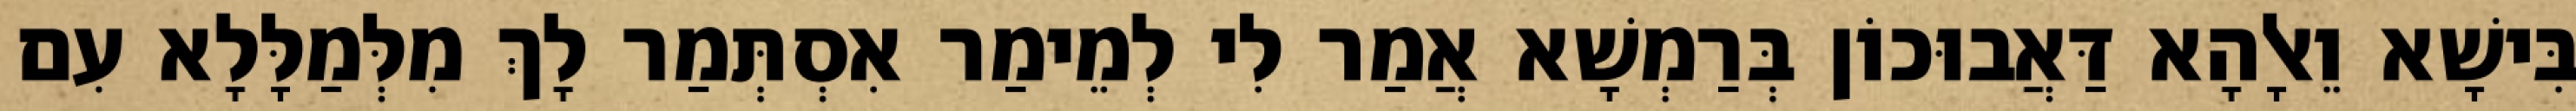
בִּישָׁא וֵאלָהָא דַּאֲבוּכוֹן בְּרַמְשָׁא אֲמַר לִי לְמֵימַר אִסְתְּמַר לָךְ מִלְּמַלָּלָא עִם